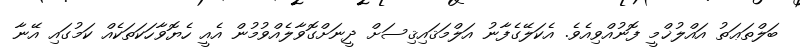
ބަލްތަޢަތު އައްލުޚްމީ ފޮނުއްވިއެވެ. އެކަލޭގެފާނު އަލްމަޤައިޤިސަށް ދީނަށްގޮވާލެއްވުމުން އެއީ ހެޔޮވާހަކަތަކެއް ކަމުގައި އޭނާ